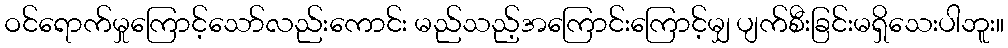
ဝင်ရောက်မှုကြောင့်သော်လည်းကောင်း မည်သည့်အကြောင်းကြောင့်မျှ ပျက်စီးခြင်းမရှိသေးပါဘူး။